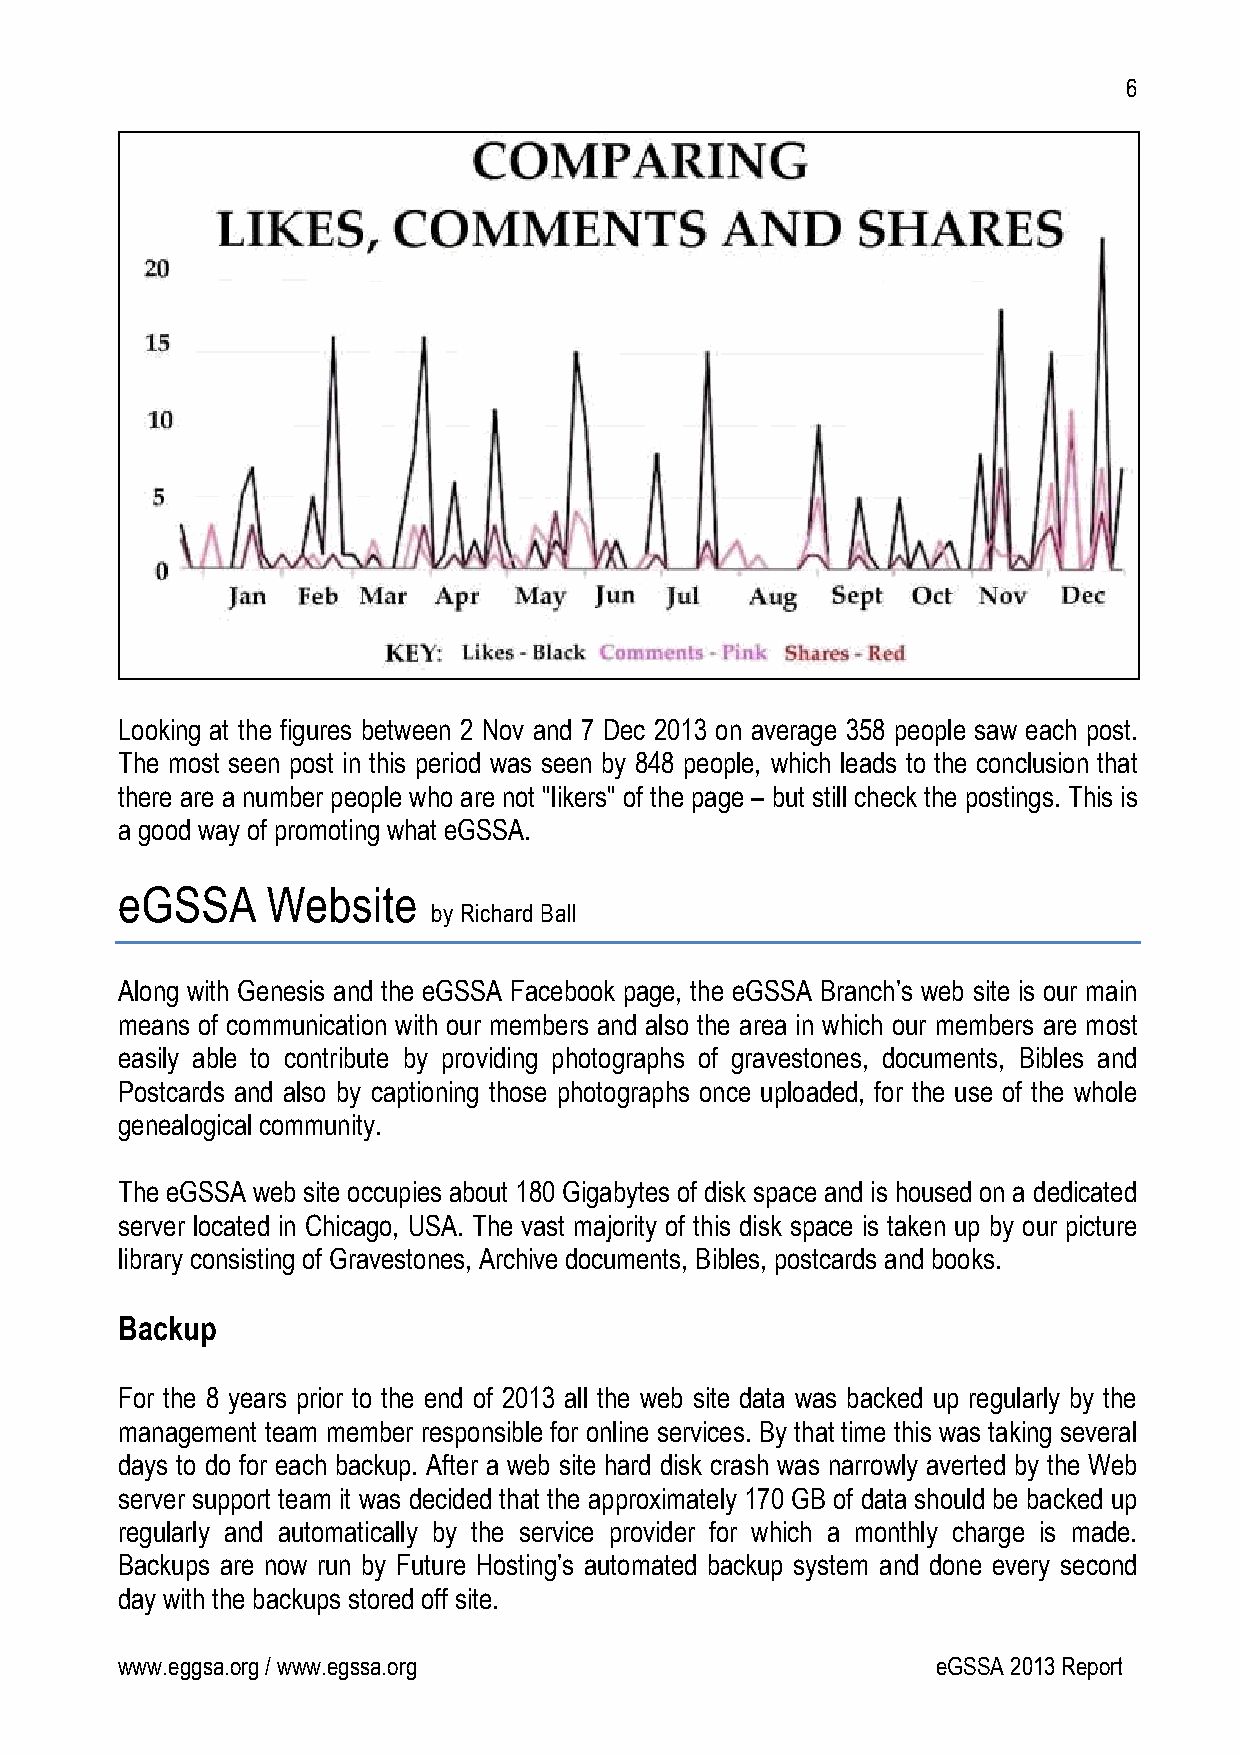
6
 Looking at the figures between 2 Nov and 7 Dec 2013 on average 358 people saw each post.
 The most seen post in this period was seen by 848 people, which leads to the conclusion that
 there are a number people who are not "likers" of the page – but still check the postings. This is
 a good way of promoting what eGSSA.
 eGSSA     Website
 by Richard Ball
 Along with Genesis and the eGSSA Facebook page, the eGSSA Branch’s web site is our main
 means of communication with our members and also the area in which our members are most
 easily able to contribute by providing photographs of gravestones, documents, Bibles and
 Postcards and also by captioning those photographs once uploaded, for the use of the whole
 genealogical community.
 The eGSSA web site occupies about 180 Gigabytes of disk space and is housed on a dedicated
 server located in Chicago, USA. The vast majority of this disk space is taken up by our picture
 library consisting of Gravestones, Archive documents, Bibles, postcards and books.
 Backup
 For the 8 years prior to the end of 2013 all the web site data was backed up regularly by the
 management team member responsible for online services. By that time this was taking several
 days to do for each backup. After a web site hard disk crash was narrowly averted by the Web
 server support team it was decided that the approximately 170 GB of data should be backed up
 regularly and automatically by the service provider for which a monthly charge is made.
 Backups are now run by Future Hosting’s automated backup system and done every second
 day with the backups stored off site.
 www.eggsa.org / www.egssa.org                         eGSSA 2013 Report